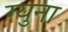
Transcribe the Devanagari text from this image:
ग्युना